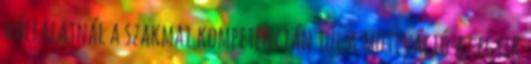
vállalatnál a szakmai kompetencián túl a motiváció az egyik